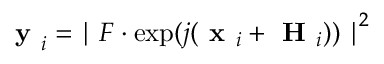
\textbf { y } _ { i } = { \mid F \cdot \mathrm { e x p } ( j ( \textbf { x } _ { i } + \textbf { H } _ { i } ) ) \mid } ^ { 2 }